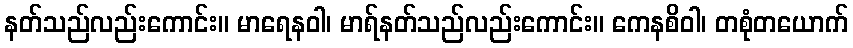
နတ်သည်လည်းကောင်း။ မာရေနဝါ၊ မာရ်နတ်သည်လည်းကောင်း။ ကေနစိဝါ၊ တစုံတယောက်